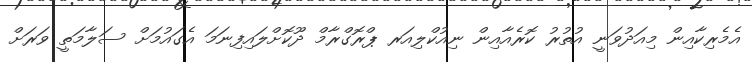
އެމެރިކާއިން މިއަދުވަނީ އުތުރު ކޮރެއާއިން ނިއުކްލިއަރ ޕްރޮގްރާމް ދޫކޮށްލައިފިނަމަ އެގައުމަށް ސަލާމަތީ ވަރަށް